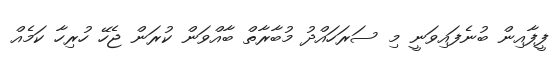
ފީފާއިން ބުނެފައިވަނީ މި ސަރަހައްދު މުބާރާތް ބާއްވަން ކުރަން ޖެހޭ ހުރިހާ ކަމެއް